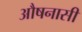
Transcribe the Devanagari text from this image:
औषनासी